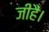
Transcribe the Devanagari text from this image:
जीहैं।